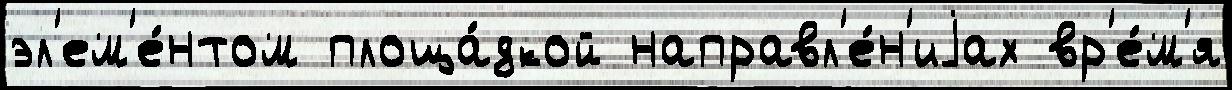
эл'ем'е́нтом площа́дкой направл'е́н'иjах вр'е́м'я